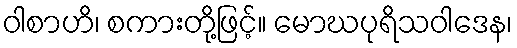
ဝါစာဟိ၊ စကားတို့ဖြင့်။ မောဃပုရိသဝါဒေန၊